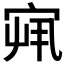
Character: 𫳏